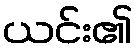
ယင်း၏